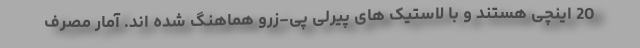
20 اینچی هستند و با لاستیک های پیرلی پی-زرو هماهنگ شده اند. آمار مصرف